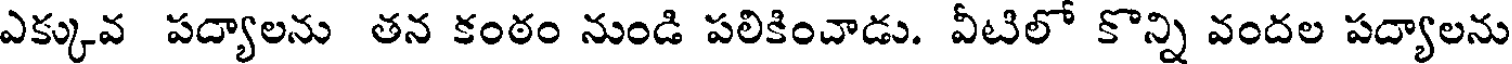
ఎక్కువ పద్యాలను తన కంఠం నుండి పలికించాడు. వీటిలో కొన్ని వందల పద్యాలను